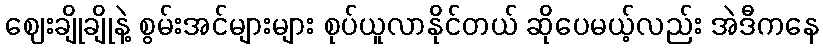
ဈေးချိုချိုနဲ့ စွမ်းအင်များများ စုပ်ယူလာနိုင်တယ် ဆိုပေမယ့်လည်း အဲဒီကနေ